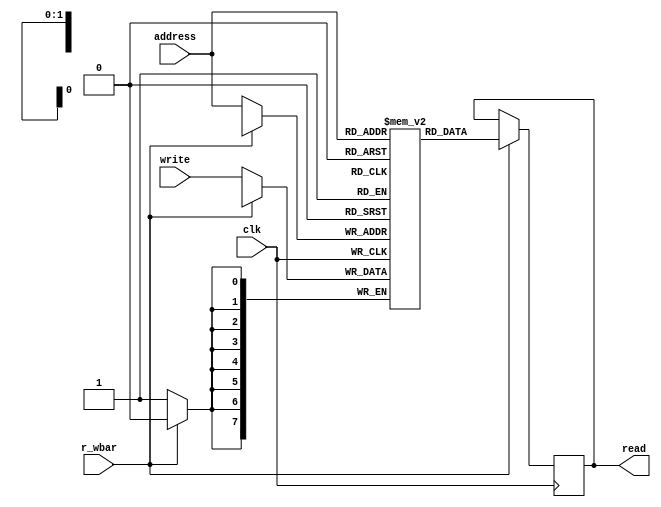
module RAM_4bit(
input [7:0]write,
input [1:0]address,
input r_wbar,
input clk,
output reg [7:0] read
);

reg [7:0]ram[3:0];

always @(posedge clk)
begin	
	if(r_wbar==1)
		read<=ram[address];
	else
		ram[address]<=write;
end
endmodule